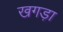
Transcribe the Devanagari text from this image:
खगड़ा